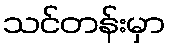
သင်တန်းမှာ